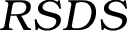
R S D S